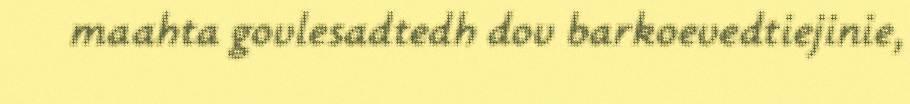
maahta govlesadtedh dov barkoevedtiejinie,